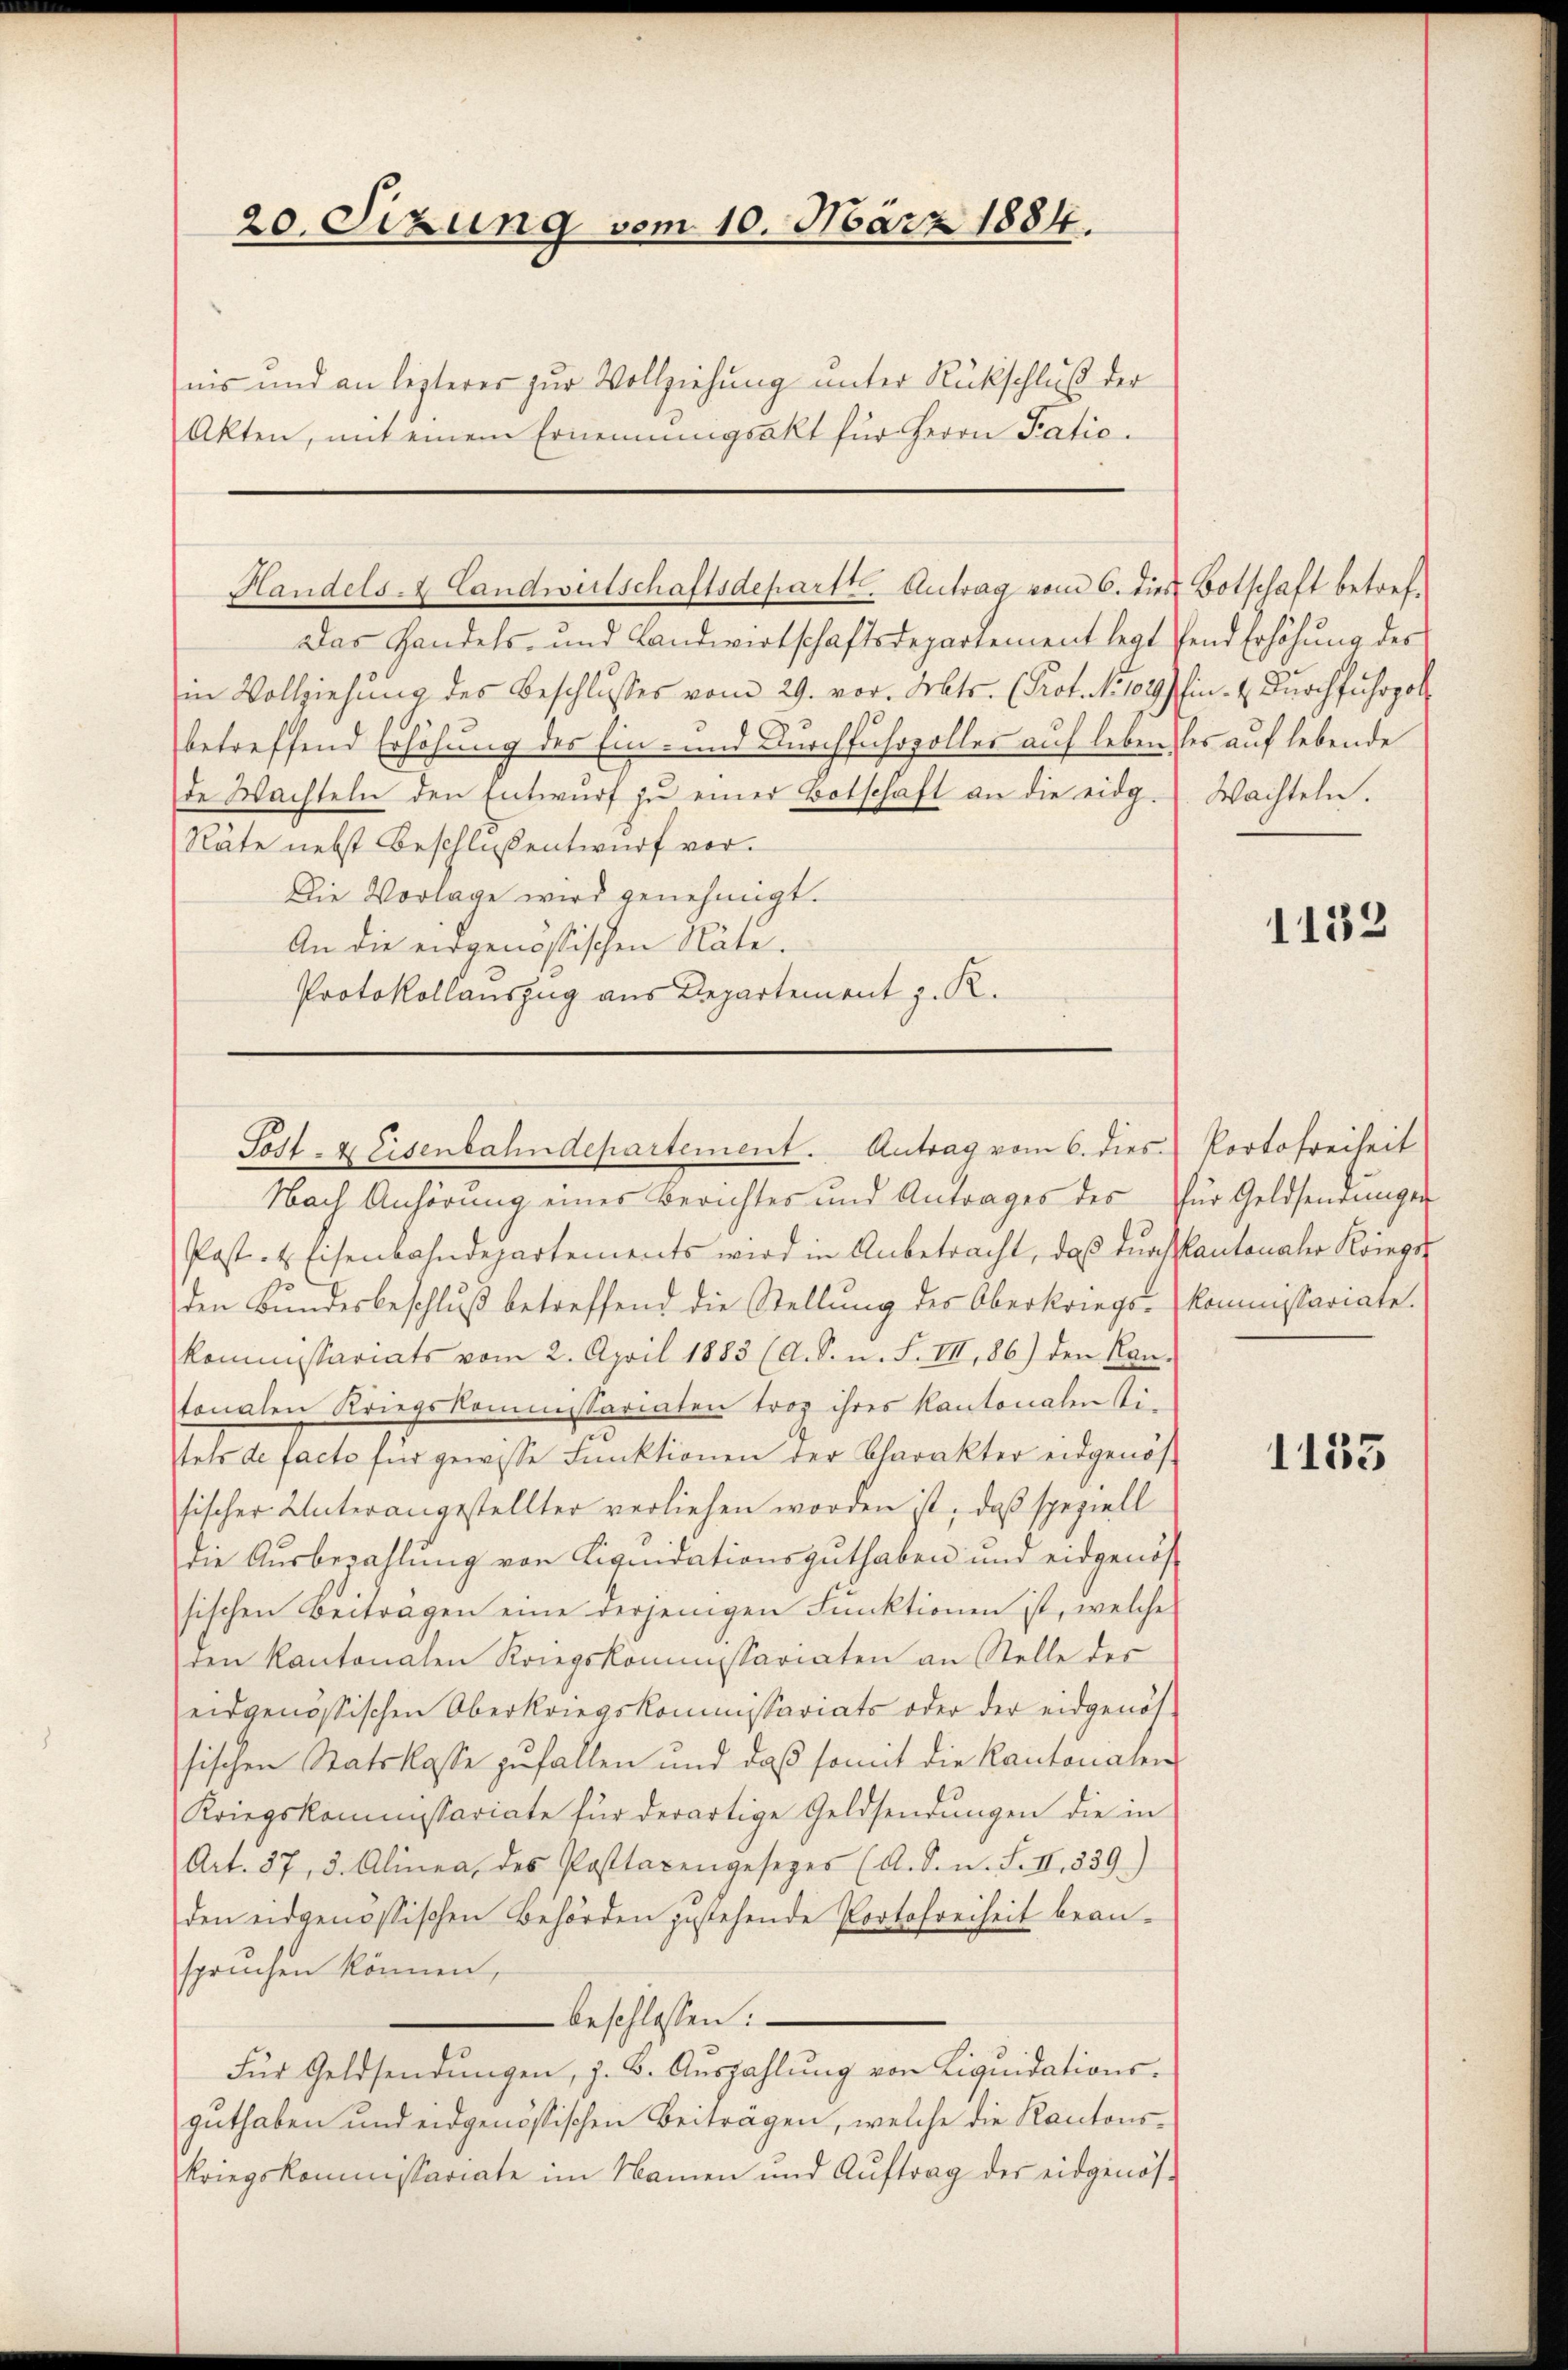
20. Sizung vom 10. März 1884.

Akten, mit einem Ernennungsakt für Herrn Patie.

nis und an lezterer zur Vollziehung unter Rückschluß der

Handels- & Landwirtschaftsdepartt. Antrag vom 6. dies Botschaft betref¬

Das Handels- und Landwirtschaftsdepartement legt send Erhöhung des
in Vollziehung des Beschlosses vom 29. vor. Frkts. (Prof. No 104) hin. 4. Durchfuhrpol
betreffend Erhöhung des Ein- und Durchfuhrzolles auf leben des auf lebende
de Wachteln den Entwŭrf zŭ einer Botschaft an die eidg. Wachteln.
Räte nebst Beschluß entwurf vor.
Die Vorlage wird genehmigt.
An die eidgenössischen Näte.
Protokollauszug aus Departement z. R.

Nach Anhörung einer Berichtes und Antrages des für Geldsendungen
Post- & Eisenbahndepartements wird in Anbetracht, daß durch kantonaler Kriegs
den Bundesbeschluß betreffend die Stellung des Oberkriegs-Kommissariate
kommstariats vom 2. April 1883 (A. S. n. F. III, 86) den Kantonalen Kriegskommissariaten trag ihres Kantonalen sitels de facto für gewisse Funktionen der Charakter eidgenös-
sischer Unterangestellter verliehen worden ist, daß speziell
die Ausbezahlung von Liquidationsguthaben und eidgenös-
sischen Beiträgen eine derjenigen Funktionen ist, welche
den Kantonalen Kriegskommissariaten an Stelle des
eidgenössischen Oberkriegskommissariats oder der eidgenös-
sischen Statsklasse zufallen und daß somit die Kantonalen
Kriegskommissariate für derartige Geldsendungen die in
Art. 37, 3. Alinea, des Posttaxengesezes (A. d. n. F. II., 839)
den eidgenössischen Behörden gestehende Portofreiheit bean-
spruchen können,
beschlossen:
Für Geldsendŭngen, z. B. Aŭszahlŭng von Liqŭidations-
guthaben und eidgenössischen Beiträgen, welche die Kantons¬
Kriegskommissariate im Namen und Auftrag des eidgenös-

Post- & Eisenbahndepartement. Antrag vom 6. dies Portofreiheit

1152

1135